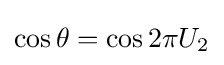
\cos \theta =\cos 2\pi U_{2}